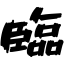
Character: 臨